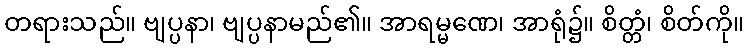
တရားသည်။ ဗျပ္ပနာ၊ ဗျပ္ပနာမည်၏။ အာရမ္မဏေ၊ အာရုံ၌။ စိတ္တံ၊ စိတ်ကို။